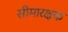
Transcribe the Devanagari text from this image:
सीमारक्षक